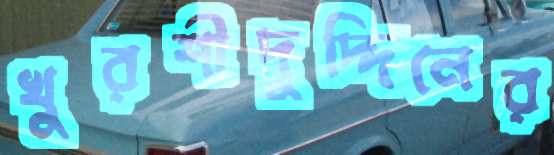
খুরশীদুদ্দিনের